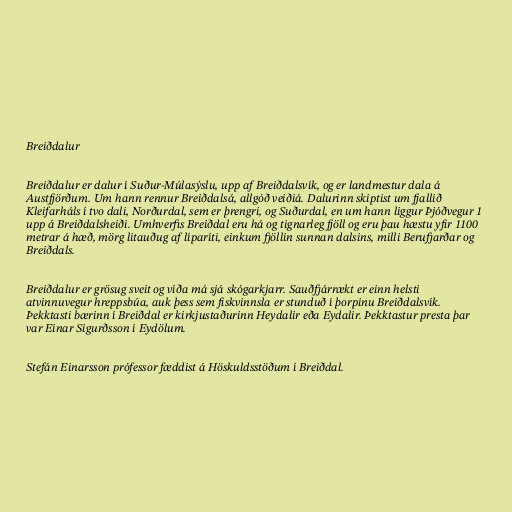
Breiðdalur

Breiðdalur er dalur í Suður-Múlasýslu, upp af Breiðdalsvík, og er landmestur dala á
Austfjörðum. Um hann rennur Breiðdalsá, allgóð veiðiá. Dalurinn skiptist um fjallið
Kleifarháls í tvo dali, Norðurdal, sem er þrengri, og Suðurdal, en um hann liggur Þjóðvegur 1
upp á Breiðdalsheiði. Umhverfis Breiðdal eru há og tignarleg fjöll og eru þau hæstu yfir 1100
metrar á hæð, mörg litauðug af líparíti, einkum fjöllin sunnan dalsins, milli Berufjarðar og
Breiðdals.

Breiðdalur er grösug sveit og víða má sjá skógarkjarr. Sauðfjárrækt er einn helsti
atvinnuvegur hreppsbúa, auk þess sem fiskvinnsla er stunduð í þorpinu Breiðdalsvík.
Þekktasti bærinn í Breiðdal er kirkjustaðurinn Heydalir eða Eydalir. Þekktastur presta þar
var Einar Sigurðsson í Eydölum.

Stefán Einarsson prófessor fæddist á Höskuldsstöðum í Breiðdal.